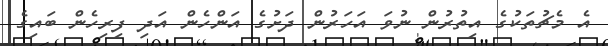
އެ މެޗުތަކުގެ އިތުރުން ނުވަ އަހަރުން ދަށުގެ އަންހެން އަދި ފިރިހެން ބައިގެ